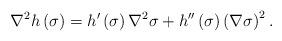
LaTeX: \begin{align*}\nabla ^{2}h\left( \sigma \right) =h^{\prime }\left( \sigma \right) \nabla^{2}\sigma +h^{\prime \prime }\left( \sigma \right) \left( \nabla \sigma\right) ^{2}.\end{align*}